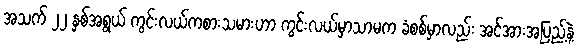
အသက် ၂၂ နှစ်အရွယ် ကွင်းလယ်ကစားသမားဟာ ကွင်းလယ်မှာသာမက ခံစစ်မှာလည်း အင်အားအပြည့်နဲ့